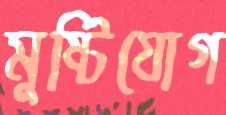
মুষ্টিযোগ